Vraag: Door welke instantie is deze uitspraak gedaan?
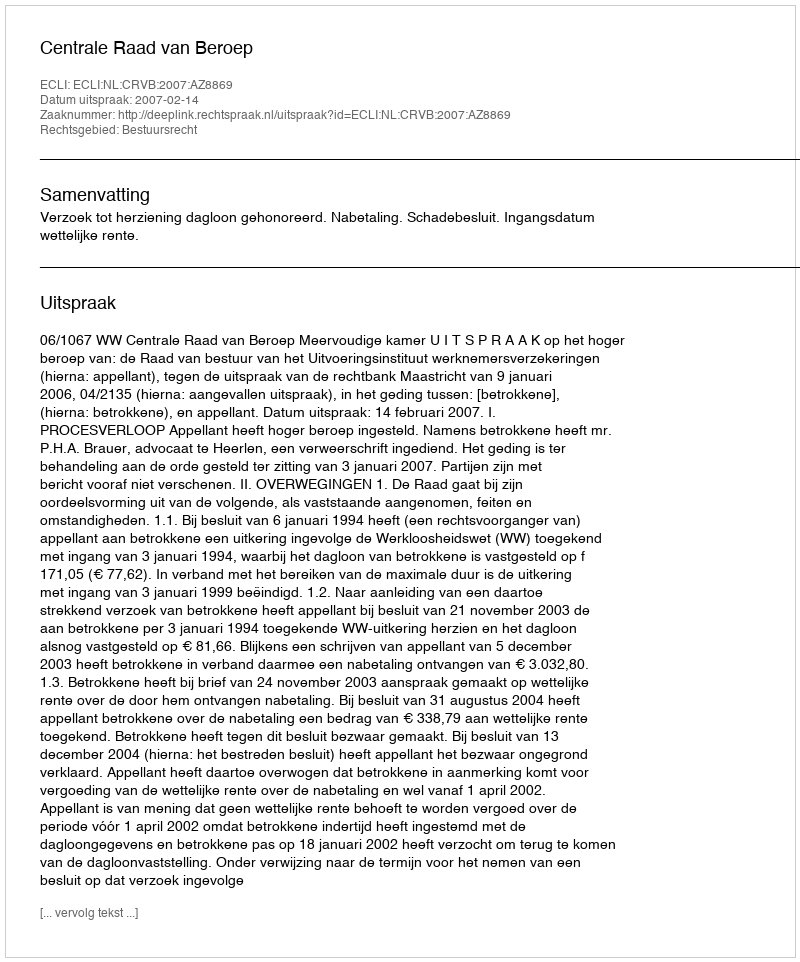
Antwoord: Centrale Raad van Beroep